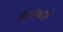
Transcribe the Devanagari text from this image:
शंभरसव्वाशें